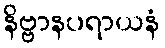
နိဗ္ဗာနပရာယနံ